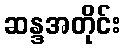
ဆန္ဒအတိုင်း